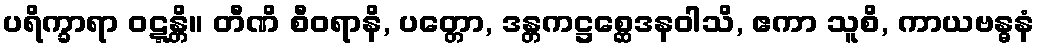
ပရိက္ခာရာ ဝဋ္ဋန္တိ။ တီဏိ စီဝရာနိ, ပတ္တော, ဒန္တကဋ္ဌစ္ဆေဒနဝါသိ, ဧကာ သူစိ, ကာယဗန္ဓနံ